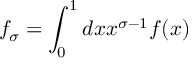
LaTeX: f _ { \sigma } = \int _ { 0 } ^ { 1 } d x x ^ { \sigma - 1 } f ( x )